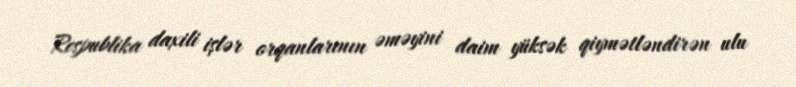
Respublika daxili işlər orqanlarının əməyini daim yüksək qiymətləndirən ulu